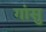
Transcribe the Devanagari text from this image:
गांसु